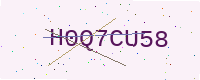
Text: H0Q7CU58